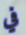
في